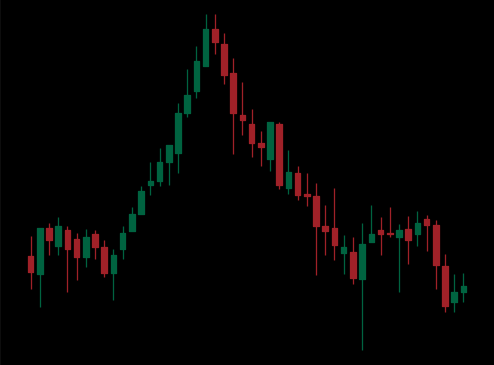
Pattern: head_shoulders